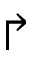
\Rsh